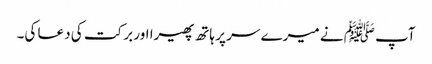
آپﷺ نے میرے سر پر ہاتھ پھیرا اور برکت کی دعا کی۔